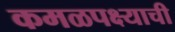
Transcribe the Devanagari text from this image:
कमळपक्ष्याची